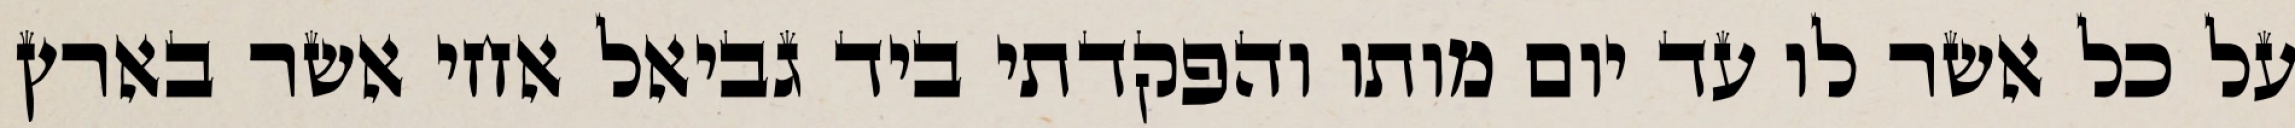
על כל אשר לו עד יום מותו והפקדתי ביד גביאל אחי אשר בארץ